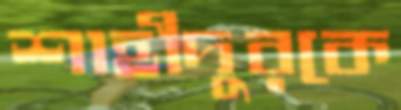
শাহীদুরকে